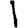
Digit: 1